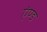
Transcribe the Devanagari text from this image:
एंण्ड